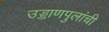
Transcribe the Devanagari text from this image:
उड्डाणपुलांची